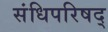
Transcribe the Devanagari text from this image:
संधिपरिषद्